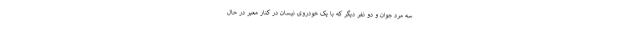
سه مرد جوان و دو نفر دیگر که با یک خودروی نیسان در کنار معبر در حال